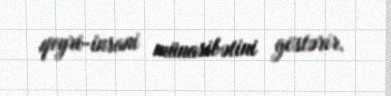
qeyri-insani münasibətini göstərir.